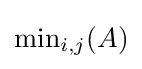
{\textstyle \min _{i,j}(A)}